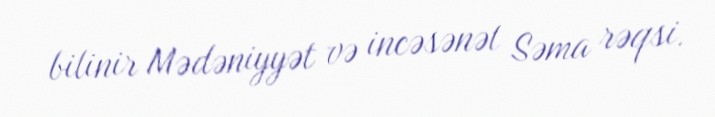
bilinir Mədəniyyət və incəsənət Səma rəqsi.